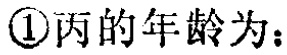
\textcircled{1}丙的年龄为：